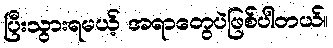
ပြီးသွားရမယ့် အရာတွေပဲဖြစ်ပါတယ်။